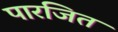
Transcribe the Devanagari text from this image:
पारजित